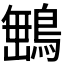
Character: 𮬿